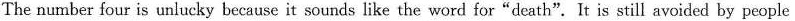
The number four is unlucky because it sounds like the word for"death".It is still avoided by people